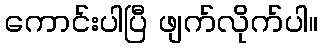
ကောင်းပါပြီ ဖျက်လိုက်ပါ။